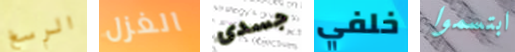
الرسغ الغزل جسدى خلفي ابتسموا